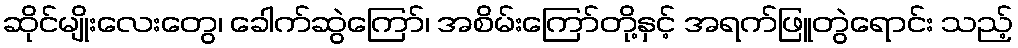
ဆိုင်မျိုးလေးတွေ၊ ခေါက်ဆွဲကြော်၊ အစိမ်းကြော်တို့နှင့် အရက်ဖြူတွဲရောင်း သည့်